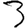
Digit: 3